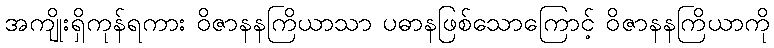
အကျိုးရှိကုန်ရကား ဝိဇာနနကြိယာသာ ပဓာနဖြစ်သောကြောင့် ဝိဇာနနကြိယာကို